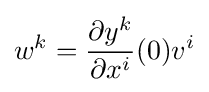
w^{k}={\frac {\partial y^{k}}{\partial x^{i}}}(0)v^{i}